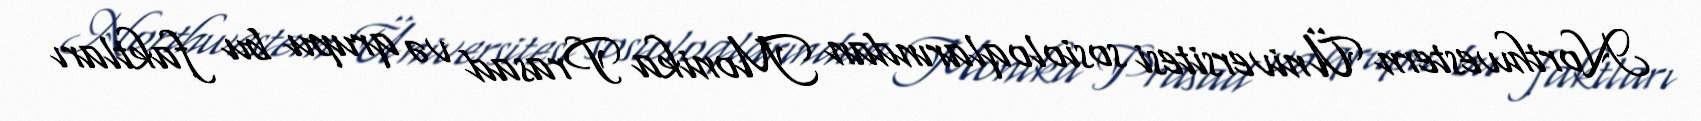
Northwestern Üniversitesi sosioloqlarından Monika Prasad və qrupu bu faktları